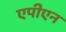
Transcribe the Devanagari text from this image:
एपीएन